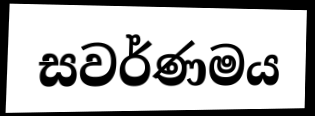
සවර්ණමය